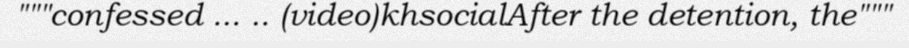
"""confessed ... .. (video)khsocialAfter the detention, the"""